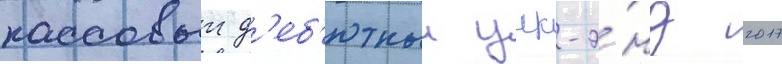
кассовыи д'еб'ютныи уик-э́нд 2017